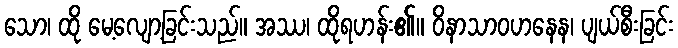
သော၊ ထို မေ့လျော့ခြင်းသည်။ အဿ၊ ထိုရဟန်း၏။ ဝိနာသာဝဟနေန၊ ပျယ်စီးခြင်း